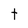
Character: t